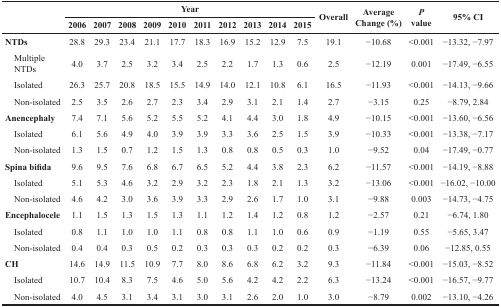
<table><thead><tr><td rowspan="2"></td><td colspan="10"><b>Year</b></td><td rowspan="2"><b>Overall</b></td><td rowspan="2"><b>AverageChange (%)</b></td><td rowspan="2"><b><i>P</i>value</b></td><td rowspan="2"><b>95% CI</b></td></tr><tr><td><b>2006</b></td><td><b>2007</b></td><td><b>2008</b></td><td><b>2009</b></td><td><b>2010</b></td><td><b>2011</b></td><td><b>2012</b></td><td><b>2013</b></td><td><b>2014</b></td><td><b>2015</b></td></tr></thead><tbody><tr><td><b>NTDs</b></td><td>28.8</td><td>29.3</td><td>23.4</td><td>21.1</td><td>17.7</td><td>18.3</td><td>16.9</td><td>15.2</td><td>12.9</td><td>7.5</td><td>19.1</td><td>−10.68</td><td>&lt;0.001</td><td>−13.32, −7.97</td></tr><tr><td> Multiple NTDs</td><td>4.0</td><td>3.7</td><td>2.5</td><td>3.2</td><td>3.4</td><td>2.5</td><td>2.2</td><td>1.7</td><td>1.3</td><td>0.6</td><td>2.5</td><td>−12.19</td><td>0.001</td><td>−17.49, −6.55</td></tr><tr><td> Isolated</td><td>26.3</td><td>25.7</td><td>20.8</td><td>18.5</td><td>15.5</td><td>14.9</td><td>14.0</td><td>12.1</td><td>10.8</td><td>6.1</td><td>16.5</td><td>−11.93</td><td>&lt;0.001</td><td>−14.13, −9.66</td></tr><tr><td> Non-isolated</td><td>2.5</td><td>3.5</td><td>2.6</td><td>2.7</td><td>2.3</td><td>3.4</td><td>2.9</td><td>3.1</td><td>2.1</td><td>1.4</td><td>2.7</td><td>−3.15</td><td>0.25</td><td>−8.79, 2.84</td></tr><tr><td><b>Anencephaly</b></td><td>7.4</td><td>7.1</td><td>5.6</td><td>5.2</td><td>5.5</td><td>5.2</td><td>4.1</td><td>4.4</td><td>3.0</td><td>1.8</td><td>4.9</td><td>−10.15</td><td>&lt;0.001</td><td>−13.60, −6.56</td></tr><tr><td> Isolated</td><td>6.1</td><td>5.6</td><td>4.9</td><td>4.0</td><td>3.9</td><td>3.9</td><td>3.3</td><td>3.6</td><td>2.5</td><td>1.5</td><td>3.9</td><td>−10.33</td><td>&lt;0.001</td><td>−13.38, −7.17</td></tr><tr><td> Non-isolated</td><td>1.3</td><td>1.5</td><td>0.7</td><td>1.2</td><td>1.5</td><td>1.3</td><td>0.8</td><td>0.8</td><td>0.5</td><td>0.3</td><td>1.0</td><td>−9.52</td><td>0.04</td><td>−17.49, −0.77</td></tr><tr><td><b>Spina bifida</b></td><td>9.6</td><td>9.5</td><td>7.6</td><td>6.8</td><td>6.7</td><td>6.5</td><td>5.2</td><td>4.4</td><td>3.8</td><td>2.3</td><td>6.2</td><td>−11.57</td><td>&lt;0.001</td><td>−14.19, −8.88</td></tr><tr><td> Isolated</td><td>5.1</td><td>5.3</td><td>4.6</td><td>3.2</td><td>2.9</td><td>3.2</td><td>2.3</td><td>1.8</td><td>2.1</td><td>1.3</td><td>3.2</td><td>−13.06</td><td>&lt;0.001</td><td>−16.02, −10.00</td></tr><tr><td> Non-isolated</td><td>4.6</td><td>4.2</td><td>3.0</td><td>3.6</td><td>3.9</td><td>3.3</td><td>2.9</td><td>2.6</td><td>1.7</td><td>1.0</td><td>3.1</td><td>−9.88</td><td>0.003</td><td>−14.73, −4.75</td></tr><tr><td><b>Encephalocele</b></td><td>1.1</td><td>1.5</td><td>1.3</td><td>1.5</td><td>1.3</td><td>1.1</td><td>1.2</td><td>1.4</td><td>1.2</td><td>0.8</td><td>1.2</td><td>−2.57</td><td>0.21</td><td>−6.74, 1.80</td></tr><tr><td> Isolated</td><td>0.8</td><td>1.1</td><td>1.0</td><td>1.0</td><td>1.1</td><td>0.8</td><td>0.8</td><td>1.1</td><td>1.0</td><td>0.6</td><td>0.9</td><td>−1.19</td><td>0.55</td><td>−5.65, 3.47</td></tr><tr><td> Non-isolated</td><td>0.4</td><td>0.4</td><td>0.3</td><td>0.5</td><td>0.2</td><td>0.3</td><td>0.3</td><td>0.3</td><td>0.2</td><td>0.2</td><td>0.3</td><td>−6.39</td><td>0.06</td><td>−12.85, 0.55</td></tr><tr><td><b>CH</b></td><td>14.6</td><td>14.9</td><td>11.5</td><td>10.9</td><td>7.7</td><td>8.0</td><td>8.6</td><td>6.8</td><td>6.2</td><td>3.2</td><td>9.3</td><td>−11.84</td><td>&lt;0.001</td><td>−15.03, −8.52</td></tr><tr><td> Isolated</td><td>10.7</td><td>10.4</td><td>8.3</td><td>7.5</td><td>4.6</td><td>5.0</td><td>5.6</td><td>4.2</td><td>4.2</td><td>2.2</td><td>6.3</td><td>−13.24</td><td>&lt;0.001</td><td>−16.57, −9.77</td></tr><tr><td> Non-isolated</td><td>4.0</td><td>4.5</td><td>3.1</td><td>3.4</td><td>3.1</td><td>3.0</td><td>3.1</td><td>2.6</td><td>2.0</td><td>1.0</td><td>3.0</td><td>−8.79</td><td>0.002</td><td>−13.10, −4.26</td></tr></tbody></table>